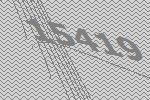
15419